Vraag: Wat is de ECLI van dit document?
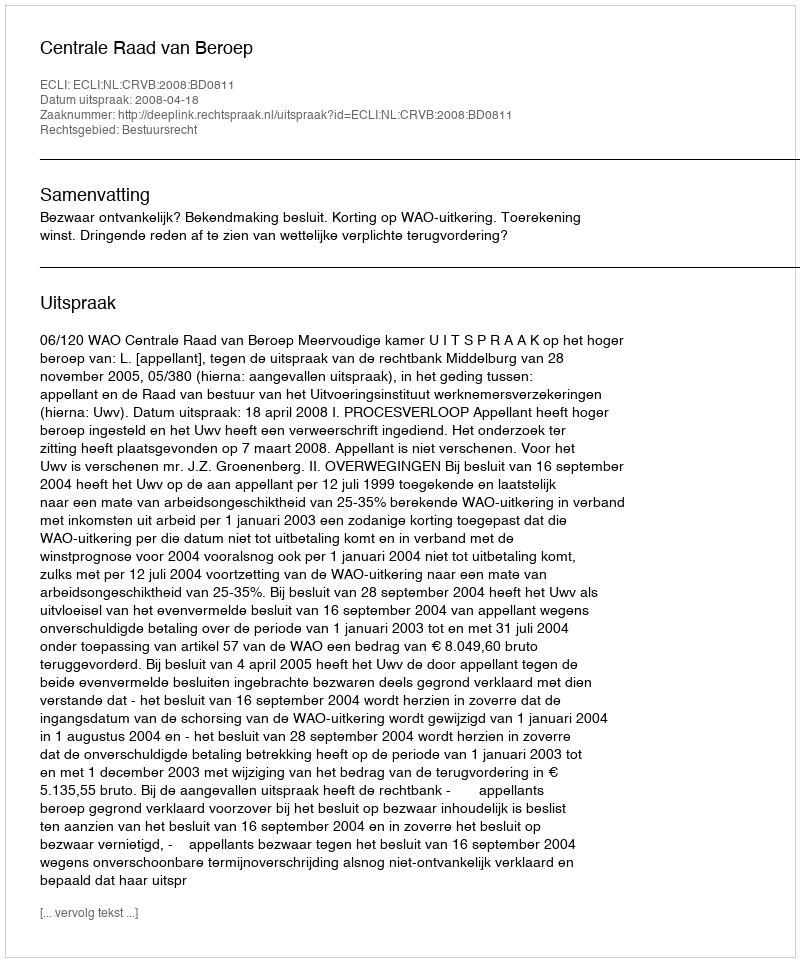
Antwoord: ECLI:NL:CRVB:2008:BD0811